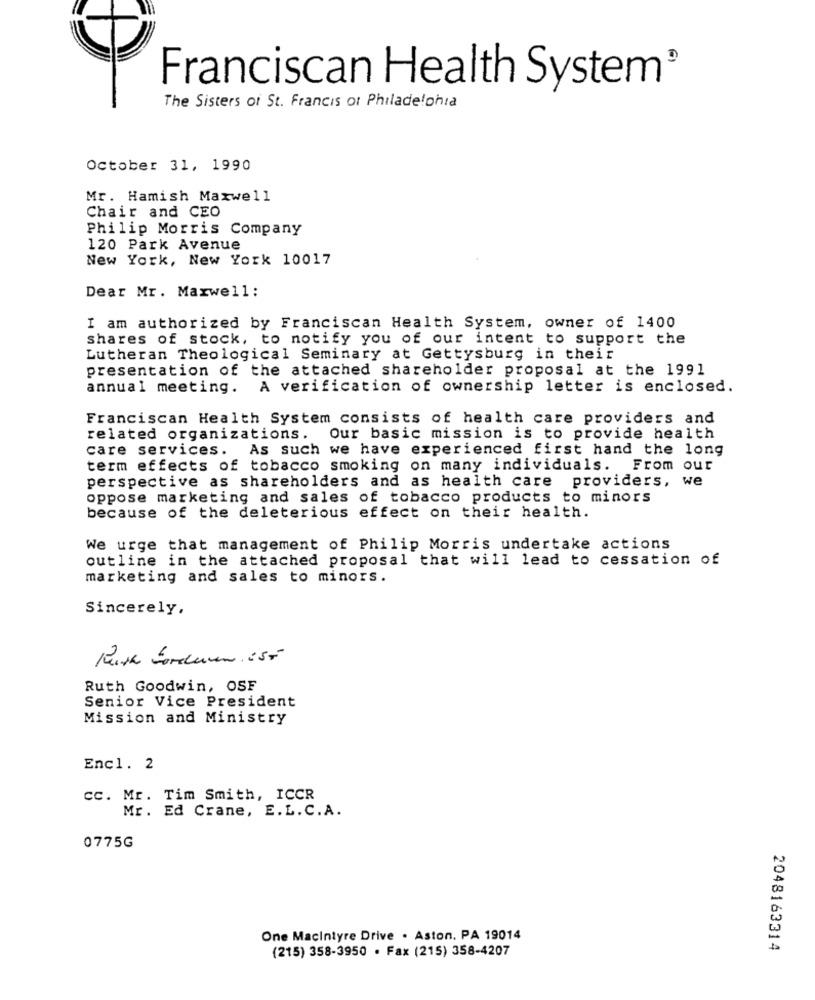
Franciscan Health System®
The Sisters of St. Francis ot Philadelphia
October 31, 1990
Mr. Hamish Maxwell
Chair and CEO
Philip Morris Company
120 Park Avenue
New York, New York 10017
Dear Mr. Maxwell:
I am authorized by Franciscan Health System, owner of 1400
shares of stock, to notify you of our intent to support the
Lutheran Theological Seminary at Gettysburg in their
presentation of the attached shareholder proposal at the 1991
annual meeting. A verification of ownership letter is enclosed.
Franciscan Health System consists of health care providers and
related organizations. Our basic mission is to provide health
care services. As such we have experienced first hand the long
term effects of tobacco smoking on many individuals. From our
perspective as shareholders and as health care providers, we
oppose marketing and sales of tobacco products to minors
because of the deleterious effect on their health.
We urge that management of Philip Morris undertake actions
outline in the attached proposal that will lead to cessation of
marketing and sales to minors.
Sincerely,
Keith foreleven ist
Ruth Goodwin, OSF
Senior Vice President
Mission and Ministry
Encl. 2
cc. Mr. Tim Smith, ICCR
Mr. Ed Crane, E.L. C.A.
0775G
One Macintyre Drive . Aston. PA 19014
(215) 358-3950 · Fax (215) 358-4207
2048163314